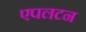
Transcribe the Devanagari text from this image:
एपलटन